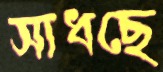
সাধছে